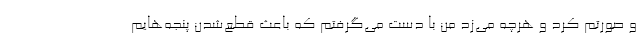
و صورتم کرد و هرچه می‌زد من با دست می‌گرفتم که باعث قطع‌شدن پنجه‌هایم